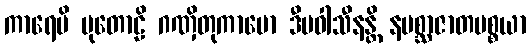
ကာရေမိ ပုတောဠိ ဂဏှိတုကာမော ဒီပဝါသီနန္တိ နပစ္ဆာဇာတပစ္စယာ